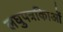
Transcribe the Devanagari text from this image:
लघुपत्रकिाओं